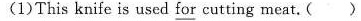
(1)This knife is used for cutting meat. ( )